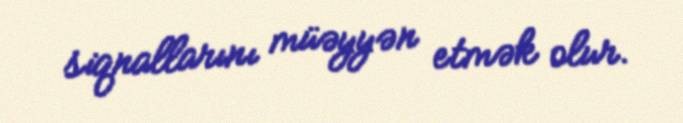
siqnallarını müəyyən etmək olur.